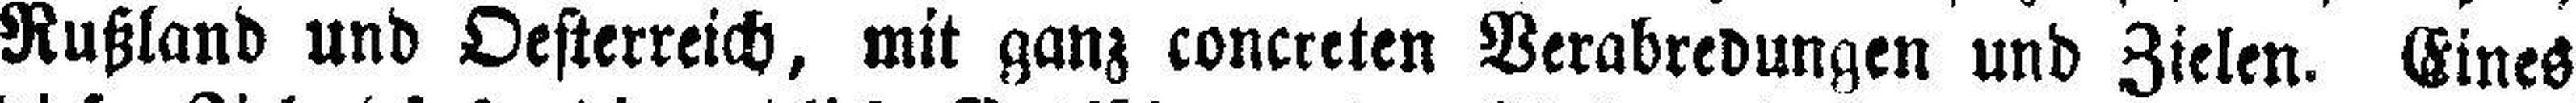
Rußland und Oesterreich, mit ganz concreten Verabredungen und Zielen. Eines